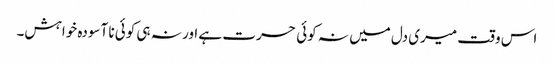
اس وقت میری دل میں نہ کوئی حسرت ہے اور نہ ہی کوئی نا آسودہ خواہش۔